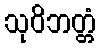
သုဝိဘတ္တံ